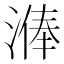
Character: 𣻈